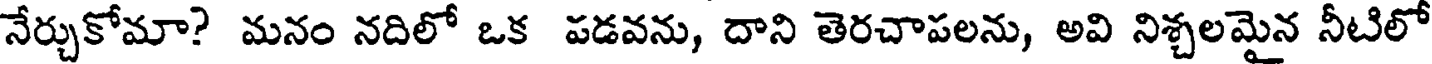
నేర్చుకోమా? మనం నదిలో ఒక పడవను, దాని తెరచాపలను, అవి నిశ్చలమైన నీటిలో